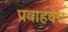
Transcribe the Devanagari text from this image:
प्रवाहवेग